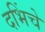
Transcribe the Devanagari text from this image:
दभिंचे